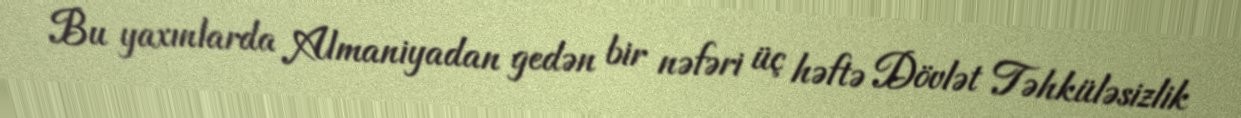
Bu yaxınlarda Almaniyadan gedən bir nəfəri üç həftə Dövlət Təhküləsizlik